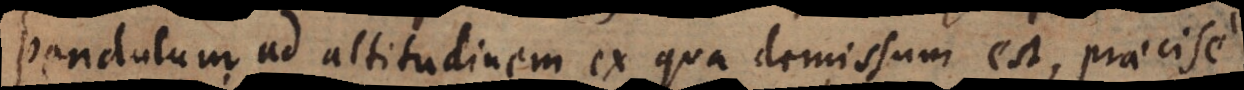
pendulum ad altitudinem ex qua dimissum est, praecise